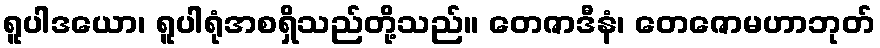
ရူပါဒယော၊ ရူပါရုံအစရှိသည်တို့သည်။ တေဇာဒီနံ၊ တေဇောမဟာဘုတ်